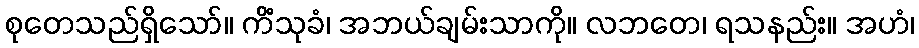
စုတေသည်ရှိသော်။ ကိံသုခံ၊ အဘယ်ချမ်းသာကို။ လဘတေ၊ ရသနည်း။ အဟံ၊